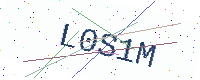
Text: L0S1M